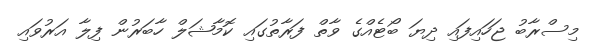
މިސްރާބު ޖަހައިފައި ދިޔަ ބޯޓެއްގެ ވާތް ފަރާތުގައި ކޮމާޝަލް ހާބަރުން ފިލާ އަރުވައި